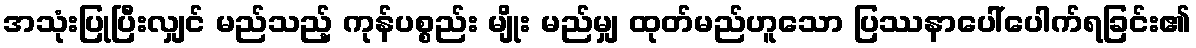
အသုံးပြုပြီးလျှင် မည်သည့် ကုန်ပစ္စည်း မျိုး မည်မျှ ထုတ်မည်ဟူသော ပြဿနာပေါ်ပေါက်ရခြင်း၏